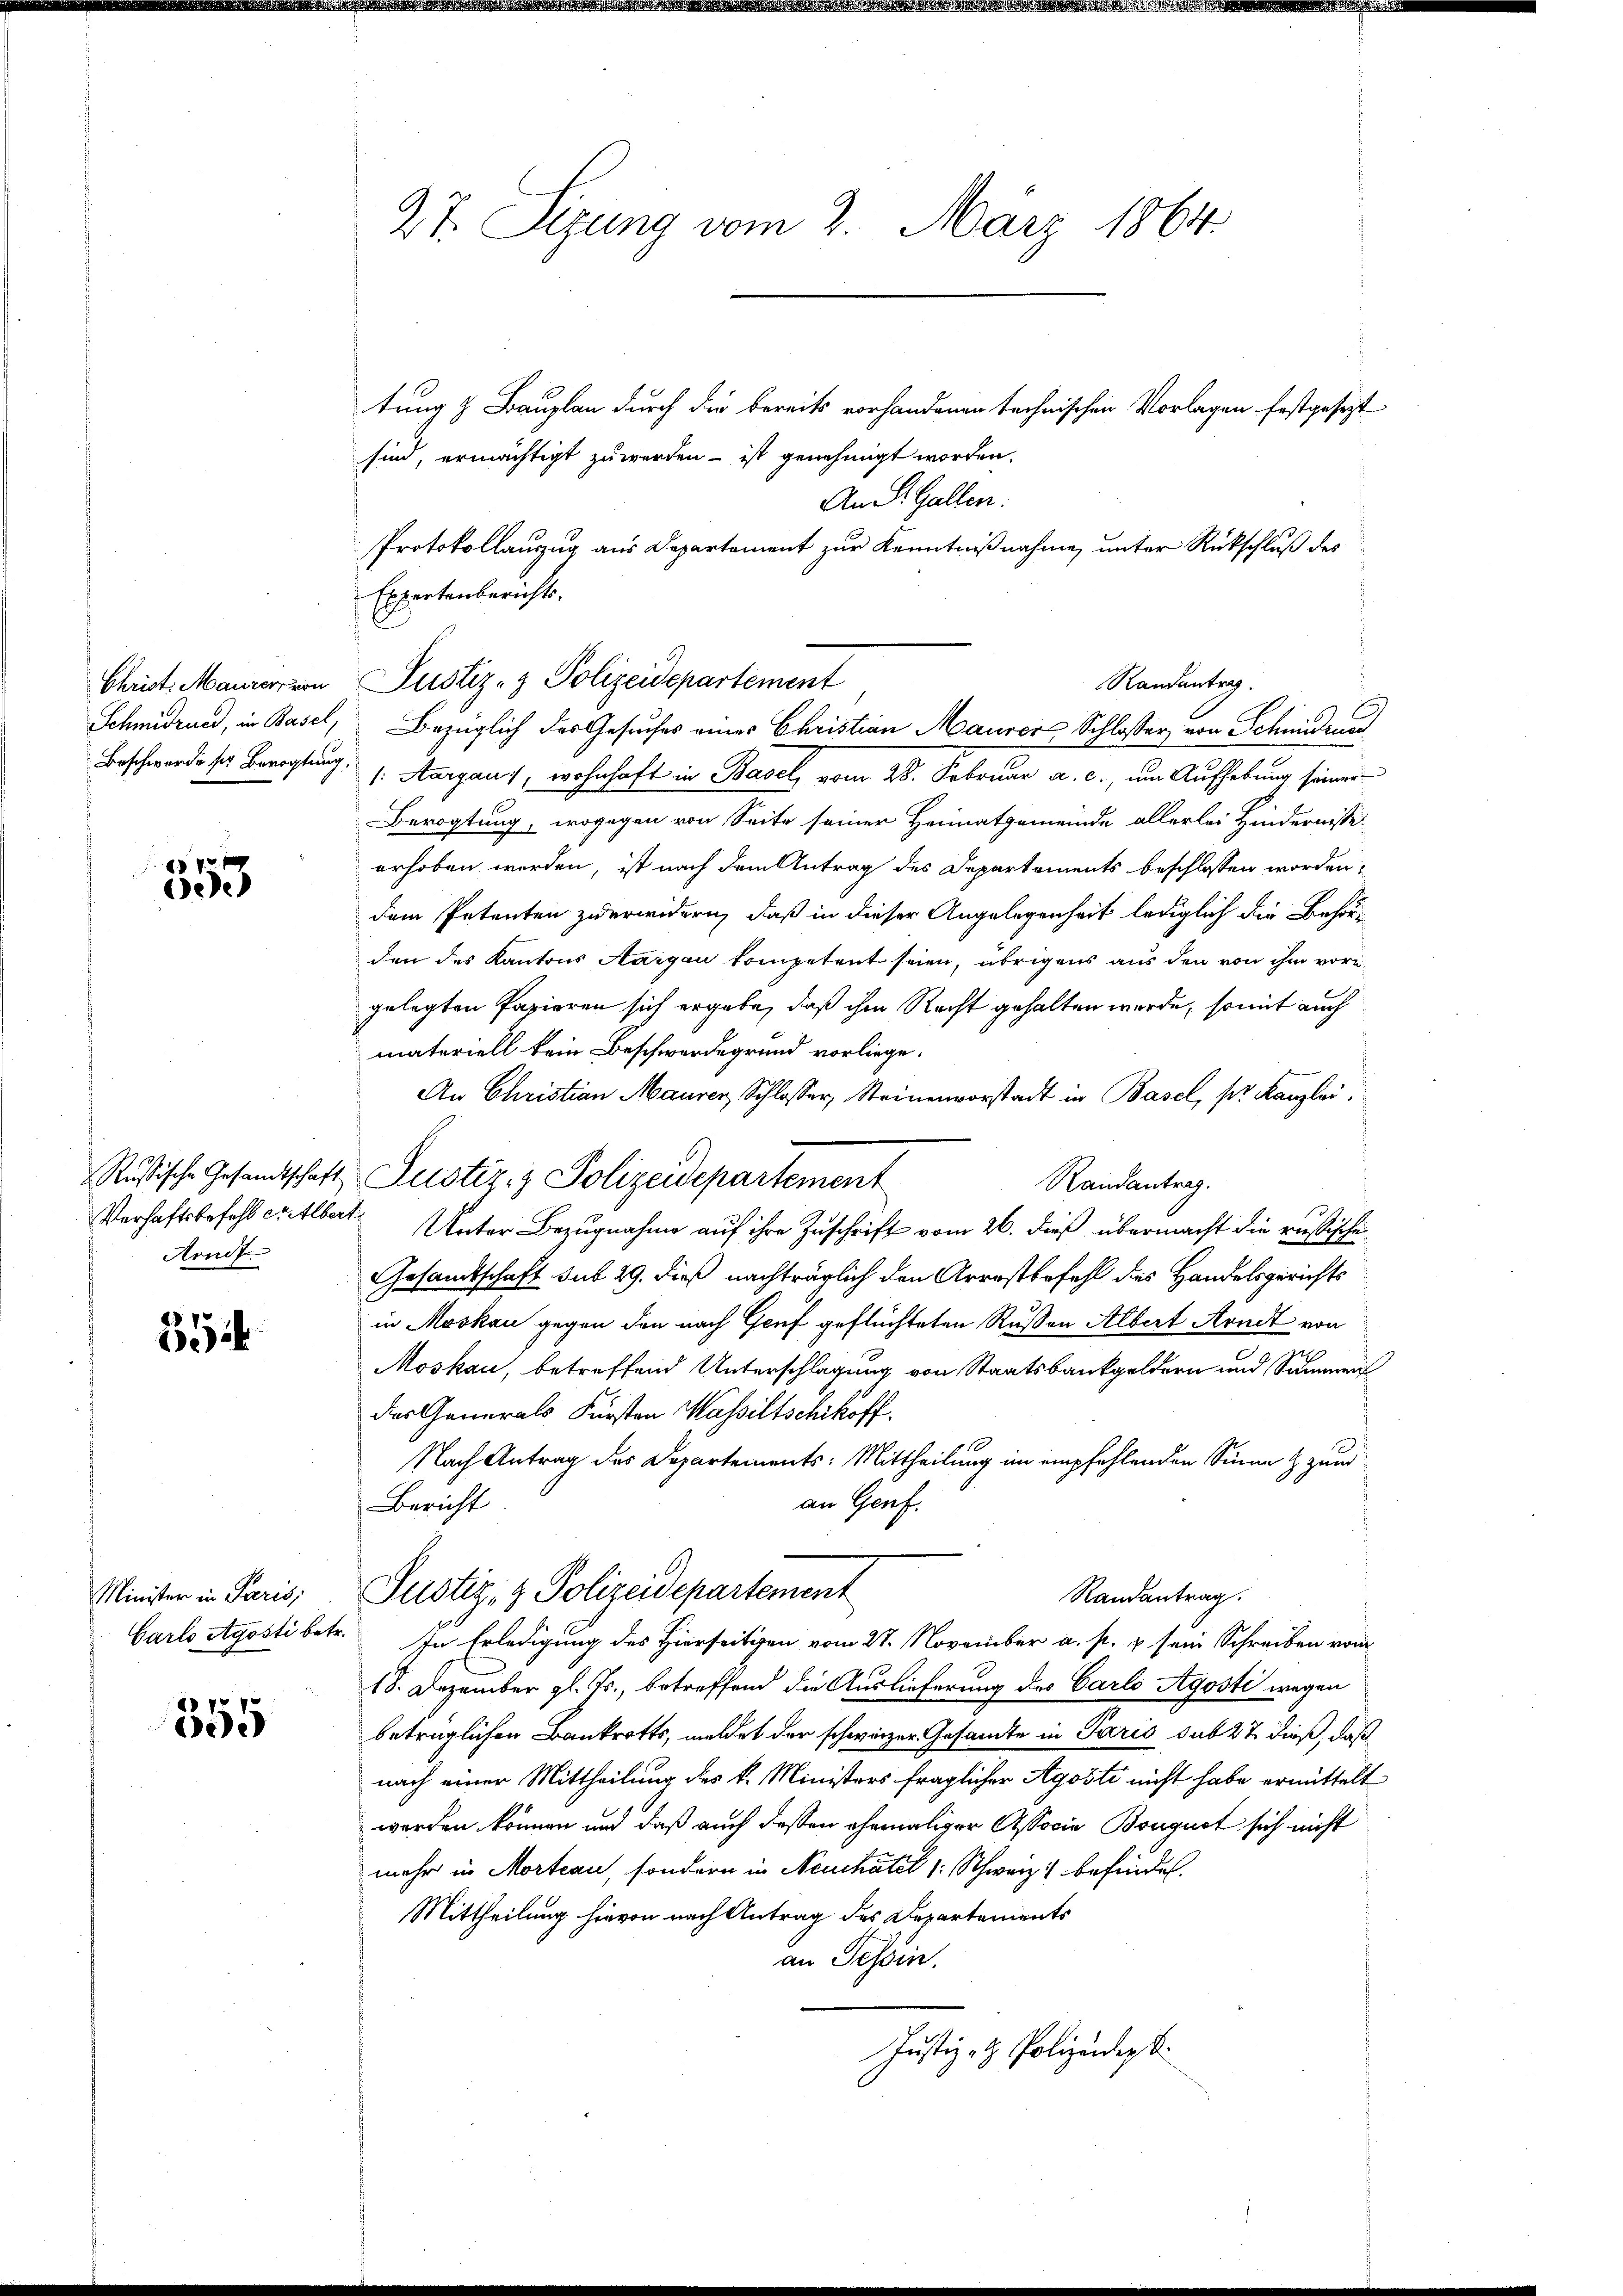
Christ. Maurer von
Schmidrued, in Basel,
Beschwerde ser Bevogtung.

7
ee

Russische Gesandtschaft
Verhaftsbefehl erlber
Arndt

70
)

Minister in Paris;
Carlo Agosti betr.

7
c

27. Sizung vom 2. März 1864.

tung & Bauplan durch die bereits vorhandenen technischen Vorlagen festgesezt
sind, ermächtigt zu werden - ist genehmigt worden.
An St. Gallen.
Protokollauszug aus Departement zur Kenntnißnahme, unter Rückschluß des
Expertenberichts-
Justiz- & Polizeidepartement
Bezüglich des Gesuches eines Christian Maurer Schlosser von Schmidrer
(Aargaus, wohnhaft in Basel vom 28. Februar a. c., um Aufhebung seiner
Berogtung, wogegen von Seite seiner Heimatgemeinde allerlei Hindernisse
erhoben werden, ist nach dem Antrag des Departements beschlossen worden,
dem Petenten zuerwidern, daß in dieser Angelegenheit lediglich die Behörden des Kantons Aargau kompetent seien, übrigens aus den von ihm vorgelegten Papieren sich ergäbe, daß ihm Recht gehalten werde, somit auch
materiell kein Beschwerdegrund vorliege.
An Christian Maurer, Schlosser, Steinenvorstadt in Basel, pr. Kanzlei.
Justiz- & Polizeidepartement
Randantrag.
13.
 Unter Bezugnahme auf ihre Zuschrift vom 26. dieß übermacht die resische
Gesandtschaft sub 29. dieß nachträglich den Arrestbefehl des Handelsgerichts
in Moskau gegen den nach Genf geflüchteten Rußen Albert Arndt von
Moskau, betreffend Unterschlagung von Staatsbankgeldern und Sammen
das Generals Fürsten Wasseltschikoff
Nach Antrag des Departements: Mittheilung im empfehlenden Sinne & zum
an Genf.
Bericht
Justiz- & Polizeidepartement
Randantrag.
In Erledigung des Hierseitigen vom 28. November a. p. u sein Schreiben vom
18. Dezember gl. Js., betreffend die Auslieferung des Carlo Agosti wegen
betrüglichen Bankrotts, meldet der schweizer Gesamte in Paris sub 27 dieß, daß
nach einer Mittheilung des k. Ministers fraglicher Agosti nicht habe ermittelt
werden können und daß auch dessen ehemaliger Associe Bougust sich nicht
mehr in Morteau, sondern in Neuchâtel (: Schweiz befindet.
Mittheilung hievon nach Antrag des Departements
an Tessin.
Justiz- & Polizeidigt.

Rautantrag